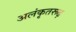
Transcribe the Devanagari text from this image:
अलंकृतरूढ़